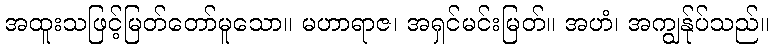
အထူးသဖြင့်မြတ်တော်မူသော။ မဟာရာဇ၊ အရှင်မင်းမြတ်။ အဟံ၊ အကျွန်ုပ်သည်။